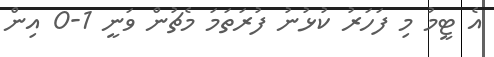
އެ ޓީމު މި ފަހަރު ކުޅުނު ފުރަތަމަ މެޗުން ވަނީ 1-0 އިން